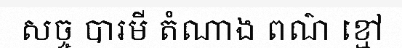
សច្ច បារមី តំណាង ពណ៌ ខ្មៅ